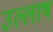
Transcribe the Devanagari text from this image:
उल्लाष